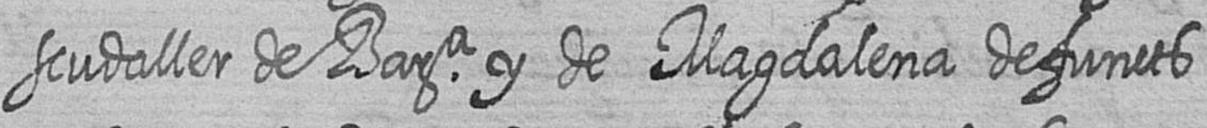
scudaller de Bara y de Magdalena defuncts